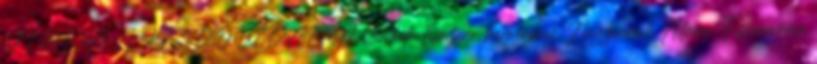
VISSZA A KEZDŐOLDALRA Címkék: filmzene, hanverseny, Nagyváradi Állami Filharmónia